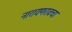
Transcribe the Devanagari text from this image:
नारायणरावचा